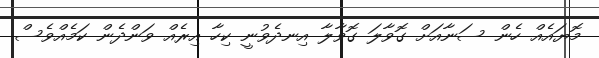
މޮޔައެއް ހެން ސަނާއަށް ގޮވާލަ ގޮވާލާ އިނދެވުނީ ކިހާ އިރެއް ވަންދެން ކަމެއްވެސް